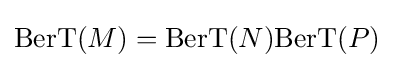
\mathrm {BerT} (M)=\mathrm {BerT} (N)\mathrm {BerT} (P)